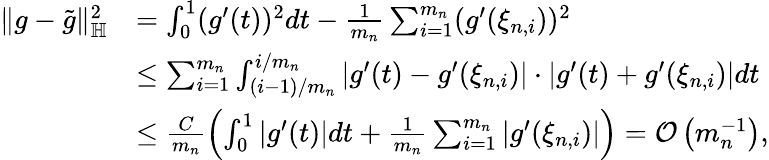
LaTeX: \begin{array}{rl}{\| g-\widetilde g\| _{\mathbb H}^{2}}&{=\int_{0}^{1}(g^{\prime}(t))^{2}dt-\frac{1}{m_{n}}\sum_{i=1}^{m_{n}}(g^{\prime}(\xi_{n,i}))^{2}}\\ &{\le\sum_{i=1}^{m_{n}}\int_{(i-1)/m_{n}}^{i/m_{n}}|g^{\prime}(t)-g^{\prime}(\xi_{n,i})|\cdot|g^{\prime}(t)+g^{\prime}(\xi_{n,i})|dt}\\ &{\le\frac{C}{m_{n}}\left(\int_{0}^{1}|g^{\prime}(t)|dt+\frac{1}{m_{n}}\sum_{i=1}^{m_{n}}|g^{\prime}(\xi_{n,i})|\right)={\cal O}\left(m_{n}^{-1}\right),}\end{array}